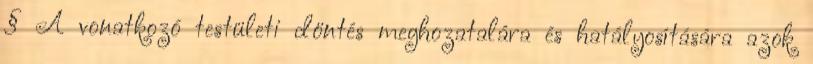
§ A vonatkozó testületi döntés meghozatalára és hatályosítására azok